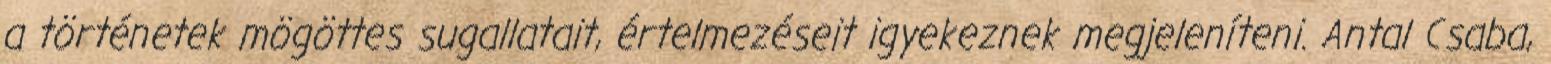
a történetek mögöttes sugallatait, értelmezéseit igyekeznek megjeleníteni. Antal Csaba,